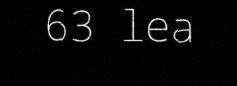
63 lea